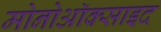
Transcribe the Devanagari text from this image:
मोनोऑक्साइद